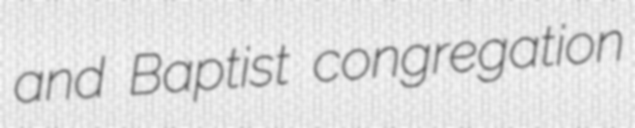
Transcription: and Baptist congregation